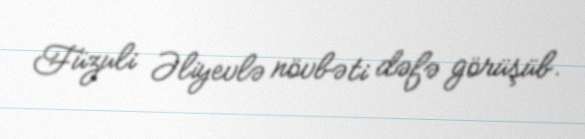
Füzuli Əliyevlə növbəti dəfə görüşüb.